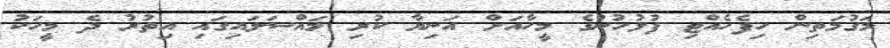
މަގުމަތިން ހިފެހެއްޓި ފުލުހުންގެ މީހާއަށް އަނިޔާ ކުރި މައްސަލައިގައި އިތުރު ދެ މީހަކު